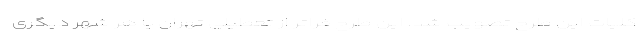
کلیات این طرح تصویب شد. این طرح فراتر از تعطیلی تهران یا هر شهر دیگری